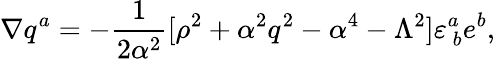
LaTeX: \nabla q^{a}=-{\frac{1}{2{\alpha}^{2}}}[\rho^{2}+\alpha^{2}q^{2}-\alpha^{4}-\Lambda^{2}]\varepsilon_{\ b}^{a}e^{b},